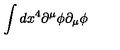
\int d x ^ { 4 } \partial ^ { \mu } \phi \partial _ { \mu } \phi